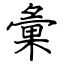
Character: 彙